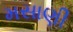
મસાણી